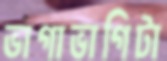
ভাগাভাগিটা